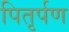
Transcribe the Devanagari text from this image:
पितृर्पण